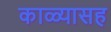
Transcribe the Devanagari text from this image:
काळ्यासह